Annual administration report of the Civil Veterinary Department of India - 1909-1910
Year: 1909
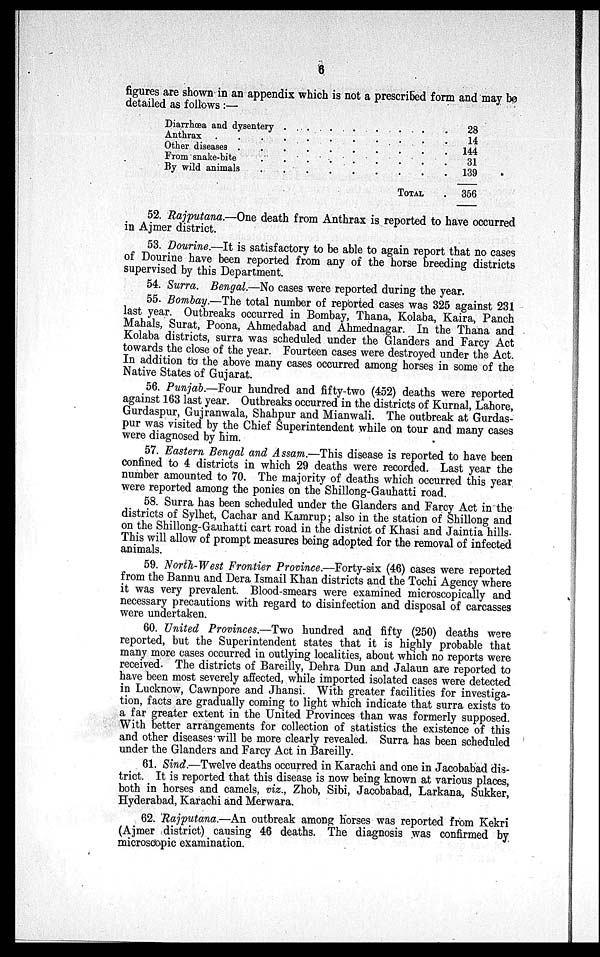
6
figures are shown in an appendix which is not a prescribed form and may be
detailed as follows:—
Diarrhœa and dysentery . . . . . .
Anthrax . . . . . .
Other diseases . . . . . .
From snake-bite . . . . . .
By wild animals . . . . . .
TOTAL
28
14
144
31
139
356
52. Rajputana.—One death from Anthrax is reported to have occurred
in Ajmer district.
53. Dourine.—It is satisfactory to be able to again report that no cases
of Dourine have been reported from any of the horse breeding districts
supervised by this Department.
54. Surra. Bengal.—No cases were reported during the year.
55. Bombay.—The total number of reported cases was 325 against 231
last year. Outbreaks occurred in Bombay, Thana, Kolaba, Kaira, Panch
Mahals, Surat, Poona, Ahmedabad and Ahmednagar. In the Thana and
Kolaba districts, surra was scheduled under the Glanders and Farcy Act
towards the close of the year. Fourteen cases were destroyed under the Act.
In addition to the above many cases occurred among horses in some of the
Native States of Gujarat.
56. Punjab.—Four hundred and fifty-two (452) deaths were reported
against 163 last year. Outbreaks occurred in the districts of Kurnal, Lahore,
Gurdaspur, Gujranwala, Shahpur and Mianwali. The outbreak at Gurdas-
pur was visited by the Chief Superintendent while on tour and many cases
were diagnosed by him.
57. Eastern Bengal and Assam.—This disease is reported to have been
confined to 4 districts in which 29 deaths were recorded. Last year the
number amounted to 70. The majority of deaths which occurred this year
were reported among the ponies on the Shillong-Gauhatti road.
58. Surra has been scheduled under the Glanders and Farcy Act in the
districts of Sylhet, Cachar and Kamrup; also in the station of Shillong and
on the Shillong-Gauhatti cart road in the district of Khasi and Jaintia hills.
This will allow of prompt measures being adopted for the removal of infected
animals.
59. North-West Frontier Province.—Forty-six (46) cases were reported
from the Bannu and Dera Ismail Khan districts and the Tochi Agency where
it was very prevalent. Blood-smears were examined microscopically and
necessary precautions with regard to disinfection and disposal of carcasses
were undertaken.
60. United Provinces.—Two hundred and fifty (250) deaths were
reported, but the Superintendent states that it is highly probable that
many more cases occurred in outlying localities, about which no reports were
received. The districts of Bareilly, Dehra Dun and Jalaun are reported to
have been most severely affected, while imported isolated cases were detected
in Lucknow, Cawnpore and Jhansi. With greater facilities for investiga-
tion, facts are gradually coming to light which indicate that surra exists to
a far greater extent in the United Provinces than was formerly supposed.
With better arrangements for collection of statistics the existence of this
and other diseases will be more clearly revealed. Surra has been scheduled
under the Glanders and Farcy Act in Bareilly.
61. Sind.—Twelve deaths occurred in Karachi and one in Jacobabad dis-
trict. It is reported that this disease is now being known at various places,
both in horses and camels, viz., Zhob, Sibi, Jacobabad, Larkana, Sukker,
Hyderabad, Karachi and Merwara.
62. Rajputana.—An outbreak among horses was reported from Kekri
(Ajmer district) causing 46 deaths. The diagnosis was confirmed by
microscopic examination.